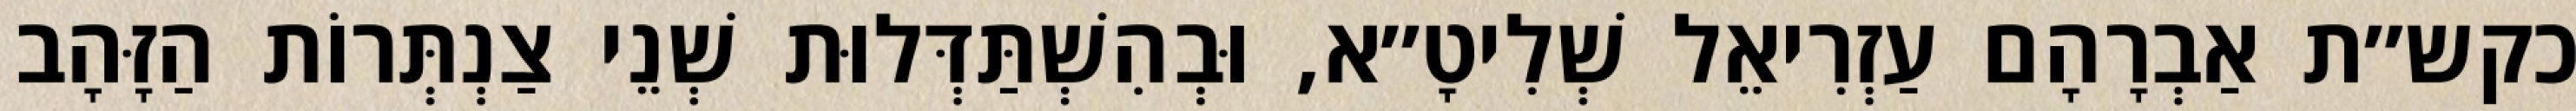
כקש״ת אַבְרָהָם עַזְרִיאֵל שְׁלִיטָ״א, וּבְהִשְׁתַּדְּלוּת שְׁנֵי צַנְתְּרוֹת הַזָּהָב